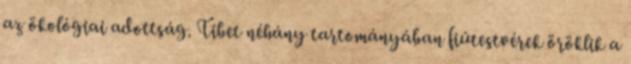
az ökológiai adottság. Tibet néhány tartományában ﬁútestvérek öröklik a